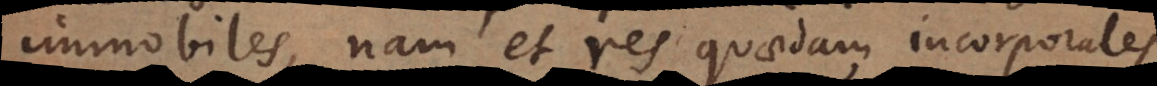
immobiles, nam et res quaedam incorporales